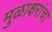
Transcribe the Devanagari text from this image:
मुळाक्षरांचा